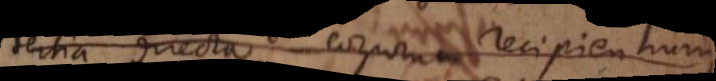
tertia directa corporum recipientium